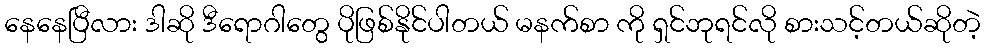
နေနေပြီလား ဒါဆို ဒီရောဂါတွေ ပိုဖြစ်နိုင်ပါတယ် မနက်စာ ကို ရှင်ဘုရင်လို စားသင့်တယ်ဆိုတဲ့